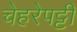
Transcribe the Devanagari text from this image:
चेहरेपट्टी